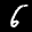
Label: 6